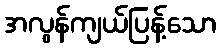
အလွန်ကျယ်ပြန့်သော